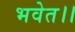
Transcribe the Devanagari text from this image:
भवेत।।